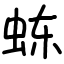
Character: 𬟽